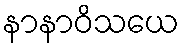
နာနာဝိသယေ